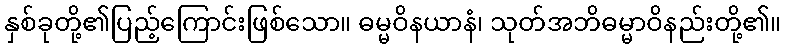
နှစ်ခုတို့၏ပြည့်ကြောင်းဖြစ်သော။ ဓမ္မဝိနယာနံ၊ သုတ်အဘိဓမ္မာဝိနည်းတို့၏။